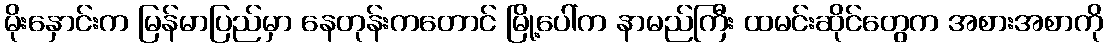
မိုးနှောင်းက မြန်မာပြည်မှာ နေတုန်းကတောင် မြို့ပေါ်က နာမည်ကြီး ထမင်းဆိုင်တွေက အစားအစာကို